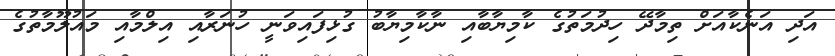
އަދި އަނެކާއަށް ތިމާދޭ ހިދުމަތުގެ ކާމިޔާބާއި ނާކާމިޔާބު ގުޅިފައިވަނީ ހުނަރާއި އިލްމާއި މައުލޫމާތުގެ